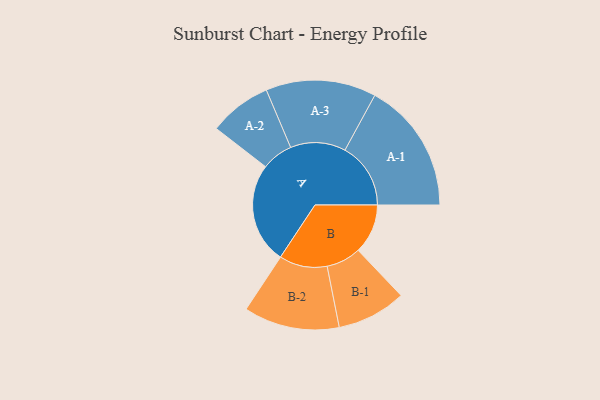
{"axis": {"x": "Segment", "y": "Value"}, "legend": ["", "A", "B"], "data": [{"x": "A", "y": 402, "type": ""}, {"x": "B", "y": 198, "type": ""}, {"x": "A-1", "y": 262, "type": "A"}, {"x": "A-2", "y": 125, "type": "A"}, {"x": "A-3", "y": 220, "type": "A"}, {"x": "B-1", "y": 138, "type": "B"}, {"x": "B-2", "y": 191, "type": "B"}]}